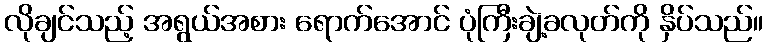
လိုချင်သည့် အရွယ်အစား ရောက်အောင် ပုံကြီးချဲ့ခလုတ်ကို နှိပ်သည်။